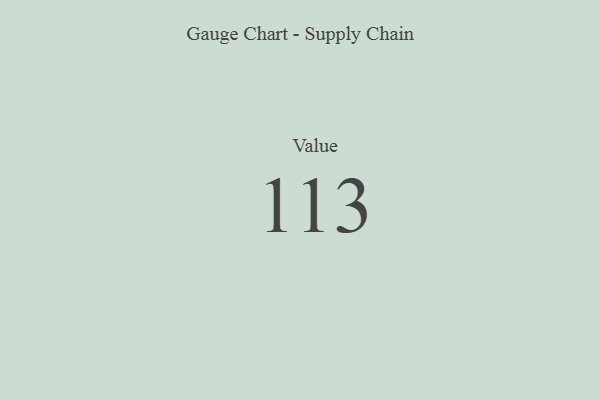
{"axis": {"x": "Metric", "y": "Value"}, "legend": [""], "data": [{"x": "Value", "y": 113, "type": ""}]}